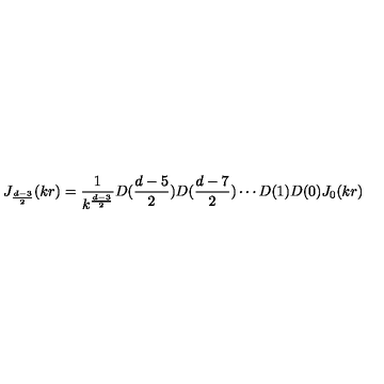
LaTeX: J _ { \frac { d - 3 } { 2 } } ( k r ) = \frac { 1 } { k ^ { \frac { d - 3 } { 2 } } } D ( \frac { d - 5 } { 2 } ) D ( \frac { d - 7 } { 2 } ) \cdots D ( 1 ) D ( 0 ) J _ { 0 } ( k r )